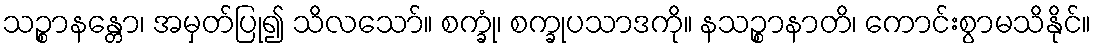
သဉ္စာနန္တော၊ အမှတ်ပြု၍ သိလသော်။ စက္ခုံ၊ စက္ခုပသာဒကို။ နသဉ္စာနာတိ၊ ကောင်းစွာမသိနိုင်။